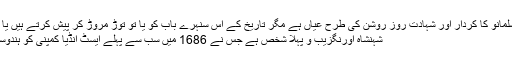
ہندوستان کیآزادی میں مسلمانو کا کردار اور شہادت روز روشن کی طرح عیاں ہے مگر تاریخ کے اس سنہرے باب کو یا تو توڑ مروڑ کر پیش کرتے ہیں یا پھر ہدف کر دیا جاتا ہے
شہنشاہ اورنگزیب و پہلا شخص ہے جس نے 1686 میں سب سے پہلے ایسٹ انڈیا کمپنی کو ہندوستان چھوڑنے کو کہا تھا۔